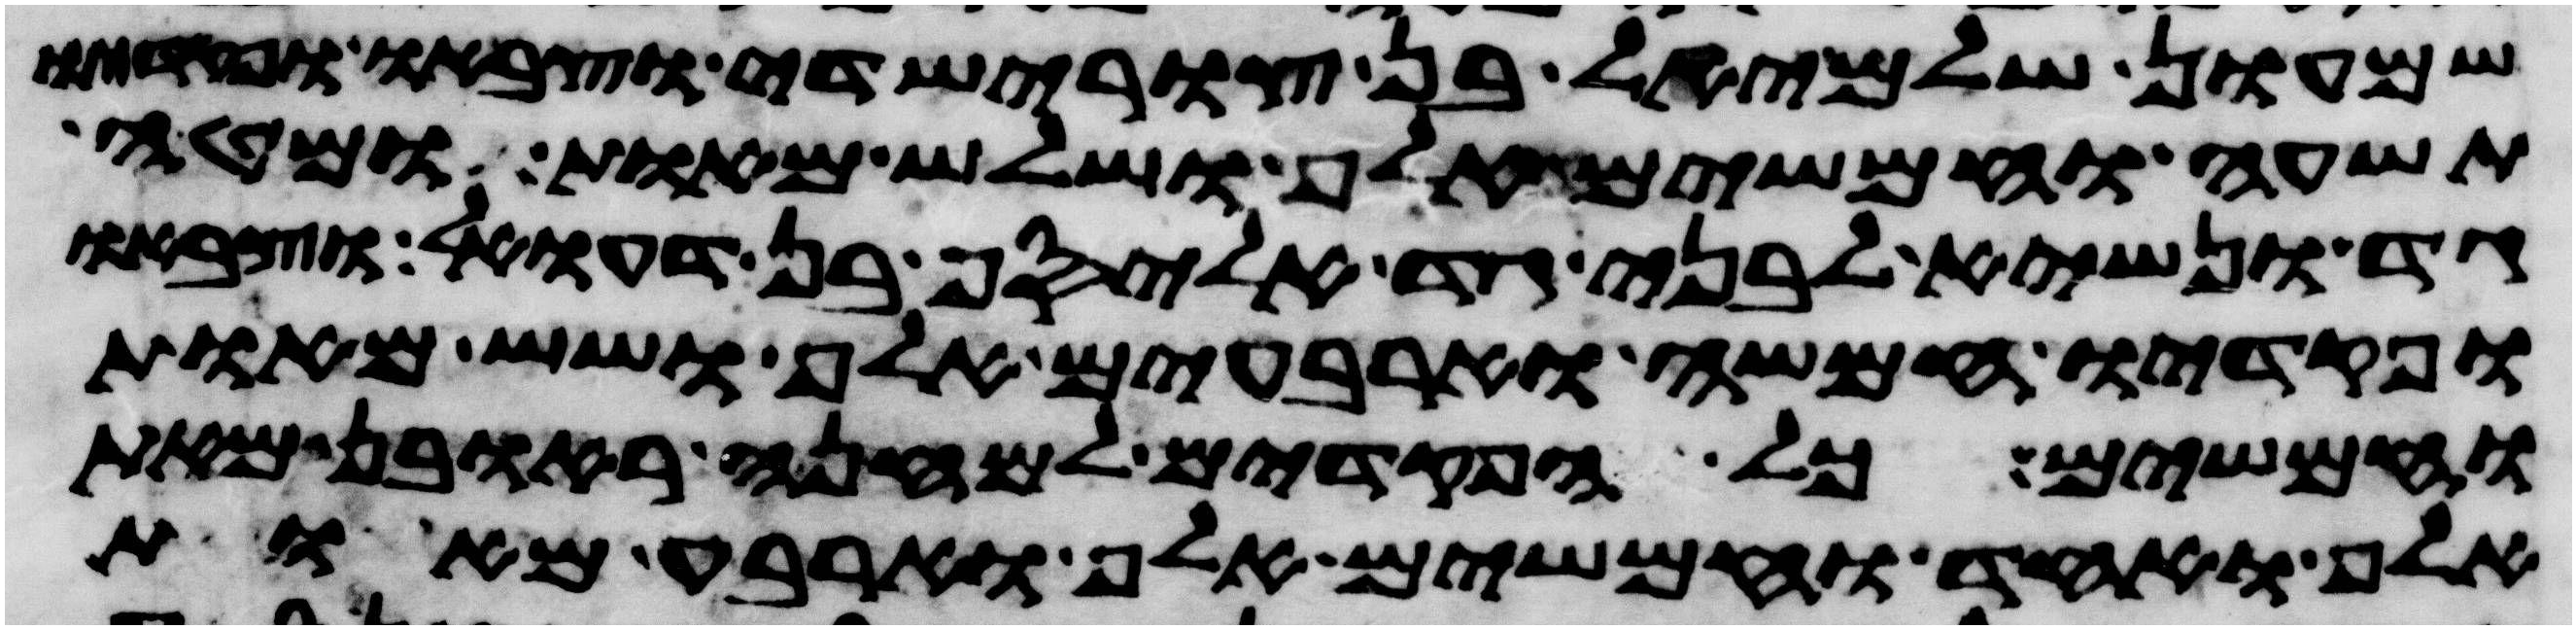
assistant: שמעון שלמיאל בן צורישדי וצבאו ופקדיו
תשעה וחמשים אלף ושלש מאות ומטה
גד ונשיא לבני גד אליסף בן דעואל וצבאו
ופקדיו חמשה וארבעים אלף ושש מאות
וחמשים כל הפקדים למחנה ראובן מאת
אלף ואחד וחמשים אלף וארבע מאות